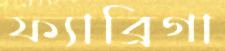
ফ্যাব্রিগা